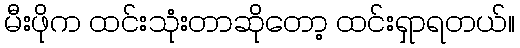
မီးဖိုက ထင်းသုံးတာဆိုတော့ ထင်းရှာရတယ်။